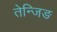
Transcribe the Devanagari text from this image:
तेन्जिङ